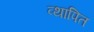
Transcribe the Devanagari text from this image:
व्थापित